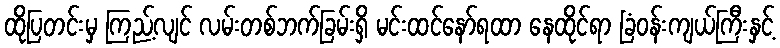
ထိုပြတင်းမှ ကြည့်လျင် လမ်းတစ်ဘက်ခြမ်းရှိ မင်းထင်နော်ရထာ နေထိုင်ရာ ခြံဝန်းကျယ်ကြီးနှင့်